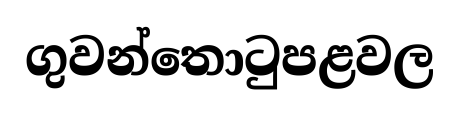
ගුවන්තොටුපළවල